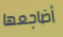
أضاجعها